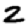
Digit: 2